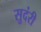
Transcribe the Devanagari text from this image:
सुदंरी